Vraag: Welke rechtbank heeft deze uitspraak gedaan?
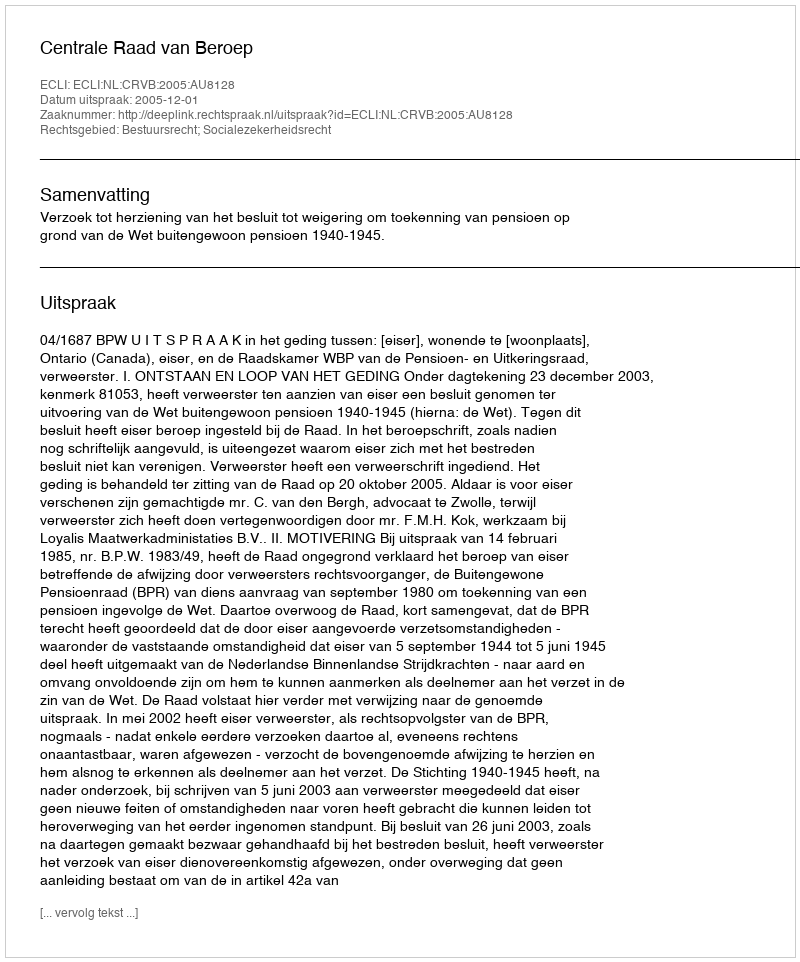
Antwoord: Centrale Raad van Beroep